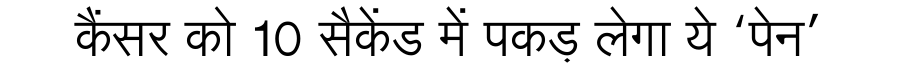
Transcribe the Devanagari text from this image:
कैंसर को 10 सैकेंड में पकड़ लेगा ये ‘पेन’